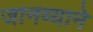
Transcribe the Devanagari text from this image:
जानव्याने